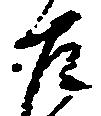
左